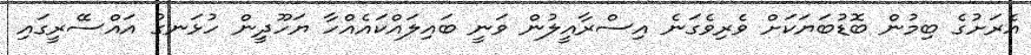
އެރަށުގެ ބިމުން ބޮޑުބަޔަކަށް ވެރިވެގަނެ އިސްރާއީލުން ވަނީ ބައިލައްކައެއްހާ ޔަހޫދީން ހުޅަނގު އައްސޭރީގައި